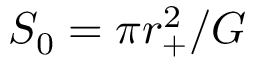
S _ { 0 } = \pi r _ { + } ^ { 2 } / G